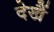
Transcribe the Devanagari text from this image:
देखैं